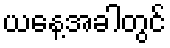
ယနေ့အခါတွင်